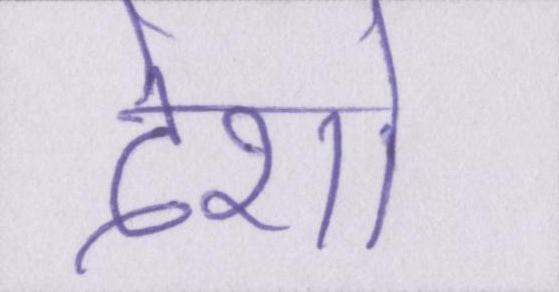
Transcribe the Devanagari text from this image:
देशों